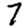
Digit: 7